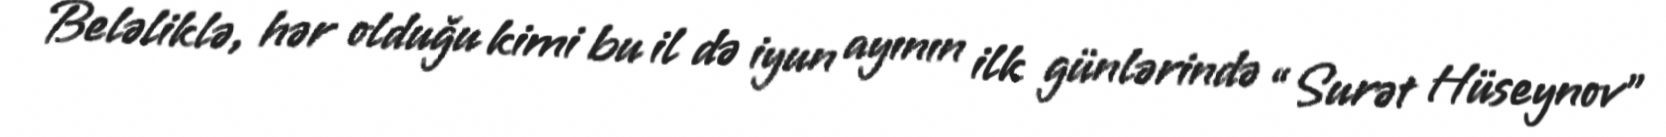
Beləliklə, hər olduğu kimi bu il də iyun ayının ilk günlərində “Surət Hüseynov”